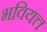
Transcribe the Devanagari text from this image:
भवियत्त